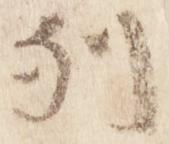
列